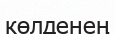
көлденең